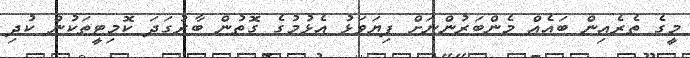
މީގެ ތެރެއިން ބައެއް މެންބަރުންނަށް ފިޔަވަޅު އެޅުމުގެ ގޮތުން ބާރުގަދަ ކޮމިޓީތަކުން ކުދި